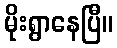
မိုးရွာနေပြီ။